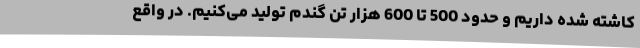
کاشته شده داریم و حدود 500 تا 600 هزار تن گندم تولید می‌کنیم. در واقع